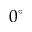
0 ^ { \circ }